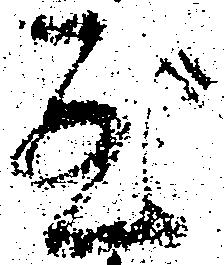
至